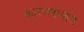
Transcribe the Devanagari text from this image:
कारणरूपाय